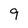
Character: 9